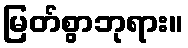
မြတ်စွာဘုရား။